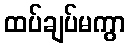
ထပ်ချပ်မကွာ